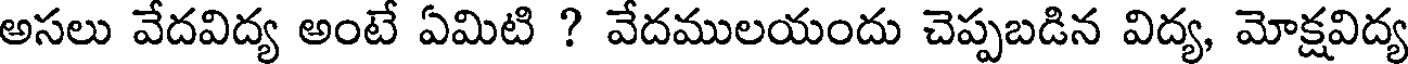
అసలు వేదవిద్య అంటే ఏమిటి ? వేదములయందు చెప్పబడిన విద్య, మోక్షవిద్య